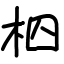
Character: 柶